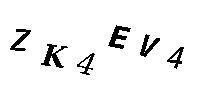
ZK4EV4